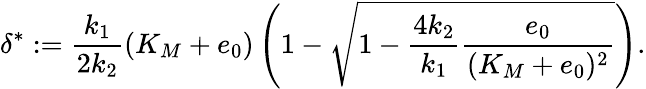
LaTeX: \delta^{*}:=\frac{k_{1}}{2k_{2}}(K_{M}+e_{0})\left(1-\sqrt{1-\frac{4k_{2}}{k_{1}}\frac{e_{0}}{(K_{M}+e_{0})^{2}}}\right).